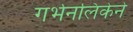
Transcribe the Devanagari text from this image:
गर्भनलिकेने